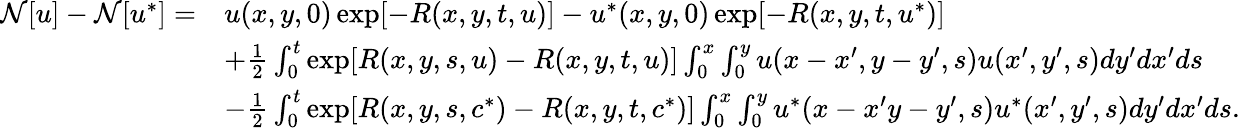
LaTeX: \begin{array}{rl}{\mathcal{N}[u]-\mathcal{N}[u^{*}]=}&{u(x,y,0)\exp[-R(x,y,t,u)]-u^{*}(x,y,0)\exp[-R(x,y,t,u^{*})]}\\ &{+\frac{1}{2}\int_{0}^{t}\exp[R(x,y,s,u)-R(x,y,t,u)]\int_{0}^{x}\int_{0}^{y}u(x-x^{\prime},y-y^{\prime},s)u(x^{\prime},y^{\prime},s)dy^{\prime}dx^{\prime}ds}\\ &{-\frac{1}{2}\int_{0}^{t}\exp[R(x,y,s,c^{*})-R(x,y,t,c^{*})]\int_{0}^{x}\int_{0}^{y}u^{*}(x-x^{\prime}y-y^{\prime},s)u^{*}(x^{\prime},y^{\prime},s)dy^{\prime}dx^{\prime}ds.}\end{array}